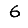
Digit: 6